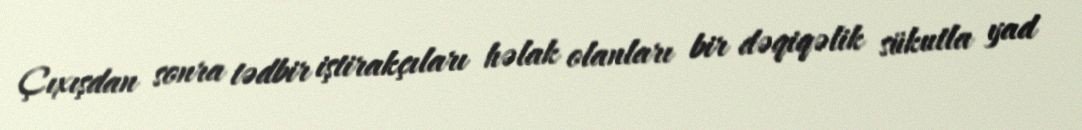
Çıxışdan sonra tədbir iştirakçıları həlak olanları bir dəqiqəlik sükutla yad